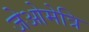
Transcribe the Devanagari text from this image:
जेओमेत्रि